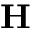
\mathbf { H }